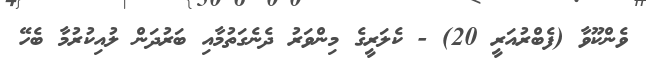
ވެންކޫވާ (ފެބްރުއަރީ 20) - ކެލަރީގެ މިންވަރު ދެނެގަތުމާއި ބަރުދަން ލުއިކުރުމާ ބެހޭ